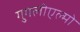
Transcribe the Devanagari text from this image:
गुगलीएल्मो